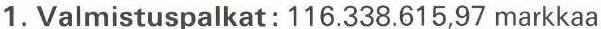
1. Valmistuspalkat: 116.338.615,97 markkaa